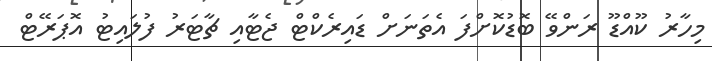
މިހާރު ކޫއްޑޫ ރަންވޭ ބޮޑުކޮށްފަ އެތަނަށް ޑައިރެކްޓް ޖެޓާއި ޗާޓަރު ފުލައިޓު އޮޕަރޭޓް